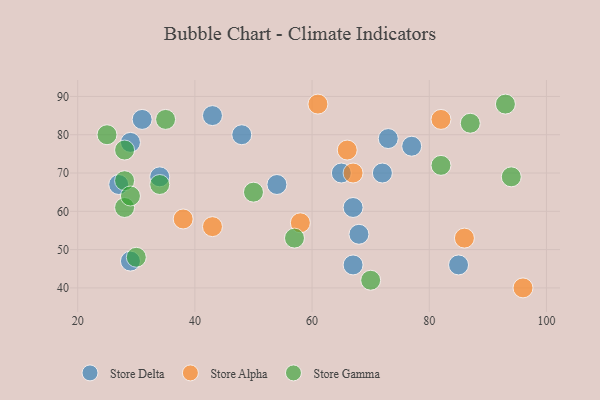
{"axis": {"x": "GDP", "y": "Life Expectancy"}, "legend": ["Store Alpha", "Store Delta", "Store Gamma"], "data": [{"x": "85", "y": 46, "type": "Store Delta"}, {"x": "65", "y": 70, "type": "Store Delta"}, {"x": "29", "y": 78, "type": "Store Delta"}, {"x": "68", "y": 54, "type": "Store Delta"}, {"x": "43", "y": 85, "type": "Store Delta"}, {"x": "29", "y": 47, "type": "Store Delta"}, {"x": "48", "y": 80, "type": "Store Delta"}, {"x": "72", "y": 70, "type": "Store Delta"}, {"x": "27", "y": 67, "type": "Store Delta"}, {"x": "77", "y": 77, "type": "Store Delta"}, {"x": "73", "y": 79, "type": "Store Delta"}, {"x": "31", "y": 84, "type": "Store Delta"}, {"x": "54", "y": 67, "type": "Store Delta"}, {"x": "67", "y": 61, "type": "Store Delta"}, {"x": "34", "y": 69, "type": "Store Delta"}, {"x": "67", "y": 46, "type": "Store Delta"}, {"x": "82", "y": 84, "type": "Store Alpha"}, {"x": "96", "y": 40, "type": "Store Alpha"}, {"x": "38", "y": 58, "type": "Store Alpha"}, {"x": "66", "y": 76, "type": "Store Alpha"}, {"x": "67", "y": 70, "type": "Store Alpha"}, {"x": "43", "y": 56, "type": "Store Alpha"}, {"x": "61", "y": 88, "type": "Store Alpha"}, {"x": "58", "y": 57, "type": "Store Alpha"}, {"x": "86", "y": 53, "type": "Store Alpha"}, {"x": "28", "y": 76, "type": "Store Gamma"}, {"x": "93", "y": 88, "type": "Store Gamma"}, {"x": "28", "y": 68, "type": "Store Gamma"}, {"x": "25", "y": 80, "type": "Store Gamma"}, {"x": "34", "y": 67, "type": "Store Gamma"}, {"x": "30", "y": 48, "type": "Store Gamma"}, {"x": "50", "y": 65, "type": "Store Gamma"}, {"x": "70", "y": 42, "type": "Store Gamma"}, {"x": "94", "y": 69, "type": "Store Gamma"}, {"x": "82", "y": 72, "type": "Store Gamma"}, {"x": "28", "y": 61, "type": "Store Gamma"}, {"x": "29", "y": 64, "type": "Store Gamma"}, {"x": "57", "y": 53, "type": "Store Gamma"}, {"x": "35", "y": 84, "type": "Store Gamma"}, {"x": "87", "y": 83, "type": "Store Gamma"}]}